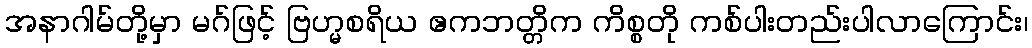
အနာဂါမ်တို့မှာ မဂ်ဖြင့် ဗြဟ္မစရိယ ဧကဘတ္တိက ကိစ္စတို ကစ်ပါးတည်းပါလာကြောင်း၊